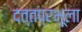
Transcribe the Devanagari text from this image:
दत्तप्रभूला